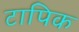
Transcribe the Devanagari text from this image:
टापिक